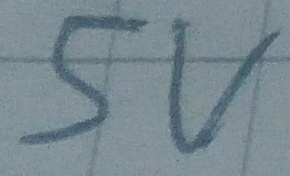
Text: 5V